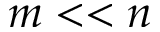
m < < n